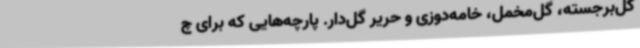
گل‌برجسته، گل‌مخمل، خامه‌دوزی و حریر گل‌دار. پارچه‌هایی که برای چ